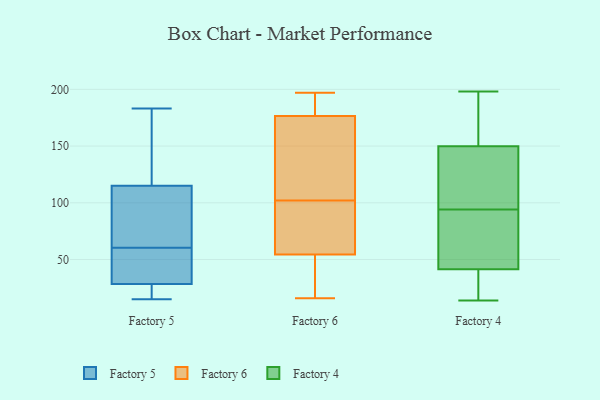
{"axis": {"x": "LTV (USD)", "y": "Value"}, "legend": ["Factory 4", "Factory 5", "Factory 6"], "data": [{"x": "", "y": 18, "type": "Factory 5"}, {"x": "", "y": 120, "type": "Factory 5"}, {"x": "", "y": 110, "type": "Factory 5"}, {"x": "", "y": 170, "type": "Factory 5"}, {"x": "", "y": 90, "type": "Factory 5"}, {"x": "", "y": 15, "type": "Factory 5"}, {"x": "", "y": 175, "type": "Factory 5"}, {"x": "", "y": 22, "type": "Factory 5"}, {"x": "", "y": 183, "type": "Factory 5"}, {"x": "", "y": 31, "type": "Factory 5"}, {"x": "", "y": 62, "type": "Factory 5"}, {"x": "", "y": 59, "type": "Factory 5"}, {"x": "", "y": 172, "type": "Factory 5"}, {"x": "", "y": 99, "type": "Factory 5"}, {"x": "", "y": 19, "type": "Factory 5"}, {"x": "", "y": 30, "type": "Factory 5"}, {"x": "", "y": 36, "type": "Factory 5"}, {"x": "", "y": 28, "type": "Factory 5"}, {"x": "", "y": 108, "type": "Factory 5"}, {"x": "", "y": 29, "type": "Factory 5"}, {"x": "", "y": 68, "type": "Factory 6"}, {"x": "", "y": 102, "type": "Factory 6"}, {"x": "", "y": 197, "type": "Factory 6"}, {"x": "", "y": 178, "type": "Factory 6"}, {"x": "", "y": 16, "type": "Factory 6"}, {"x": "", "y": 21, "type": "Factory 6"}, {"x": "", "y": 172, "type": "Factory 6"}, {"x": "", "y": 191, "type": "Factory 6"}, {"x": "", "y": 165, "type": "Factory 6"}, {"x": "", "y": 50, "type": "Factory 6"}, {"x": "", "y": 68, "type": "Factory 6"}, {"x": "", "y": 72, "type": "Factory 4"}, {"x": "", "y": 131, "type": "Factory 4"}, {"x": "", "y": 14, "type": "Factory 4"}, {"x": "", "y": 126, "type": "Factory 4"}, {"x": "", "y": 94, "type": "Factory 4"}, {"x": "", "y": 29, "type": "Factory 4"}, {"x": "", "y": 29, "type": "Factory 4"}, {"x": "", "y": 172, "type": "Factory 4"}, {"x": "", "y": 121, "type": "Factory 4"}, {"x": "", "y": 128, "type": "Factory 4"}, {"x": "", "y": 51, "type": "Factory 4"}, {"x": "", "y": 20, "type": "Factory 4"}, {"x": "", "y": 169, "type": "Factory 4"}, {"x": "", "y": 41, "type": "Factory 4"}, {"x": "", "y": 198, "type": "Factory 4"}, {"x": "", "y": 54, "type": "Factory 4"}, {"x": "", "y": 160, "type": "Factory 4"}, {"x": "", "y": 43, "type": "Factory 4"}, {"x": "", "y": 156, "type": "Factory 4"}]}